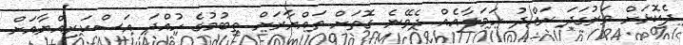
ދެކޮޅަށް ވަރުގަދަ ރައްދު ހަމަލާއެއް ދެވޭނެ ގޮތަށް ތައްޔާރަށް ތިބުމުގެ ހުއްދަ އަސްކަރިއްޔާއަށް